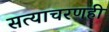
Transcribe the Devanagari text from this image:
सत्याचरणही